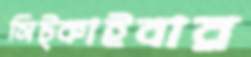
সিট্‌কাইবার